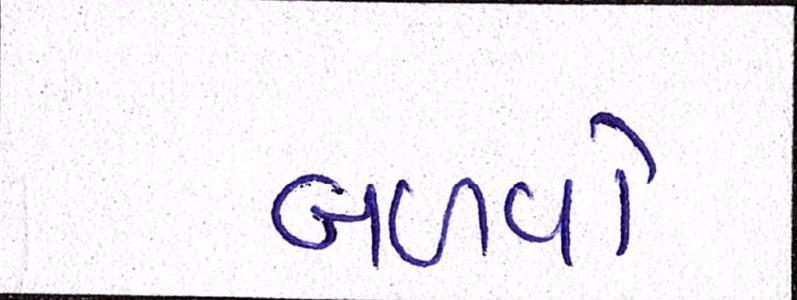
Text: બળવો